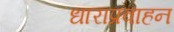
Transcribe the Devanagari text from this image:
धाराप्रवाहन